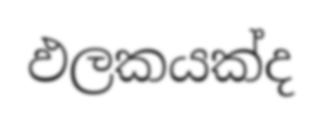
ඵලකයක්ද